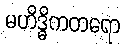
မဟိဒ္ဓိကတရော